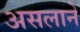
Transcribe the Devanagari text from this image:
असलाने